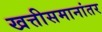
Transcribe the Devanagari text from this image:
खत्तीसमानांतर